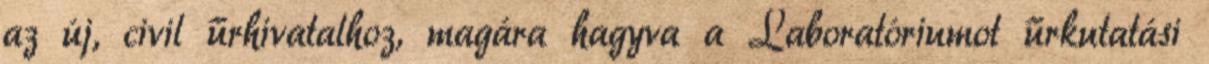
az új, civil űrhivatalhoz, magára hagyva a Laboratóriumot űrkutatási